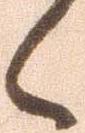
々